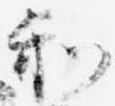
和